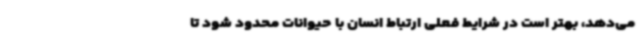
می‌دهد، بهتر است در شرایط فعلی ارتباط انسان با حیوانات محدود شود تا